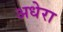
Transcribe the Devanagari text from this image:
अधेरा